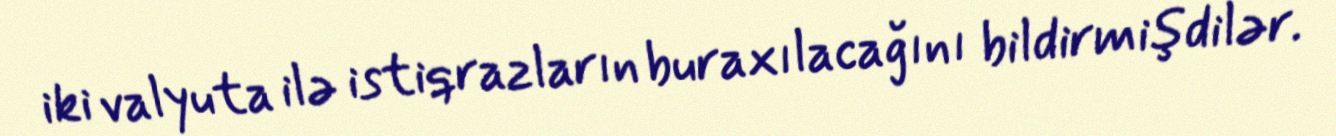
iki valyuta ilə istiqrazların buraxılacağını bildirmişdilər.